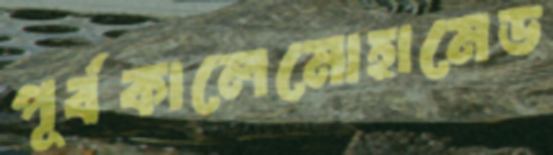
পূর্বকালেমোহামেড